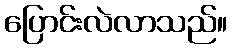
ပြောင်းလဲလာသည်။